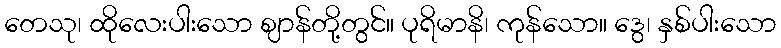
တေသု၊ ထိုလေးပါးသော ဈာန်တို့တွင်။ ပုရိမာနိ၊ ကုန်သော။ ဒွေ၊ နှစ်ပါးသော